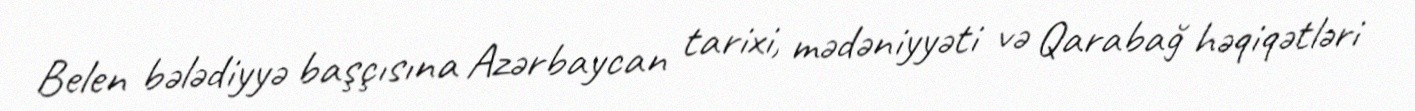
Belen bələdiyyə başçısına Azərbaycan tarixi, mədəniyyəti və Qarabağ həqiqətləri